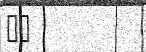
٣١